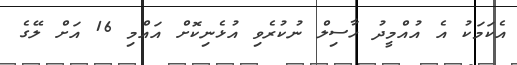
އެކަމަކު އެ އުއްމީދު ހާސިލް ނުކުރެވި އުޅެނިކޮށް އައްމި 16 އަށް ލޭގެ